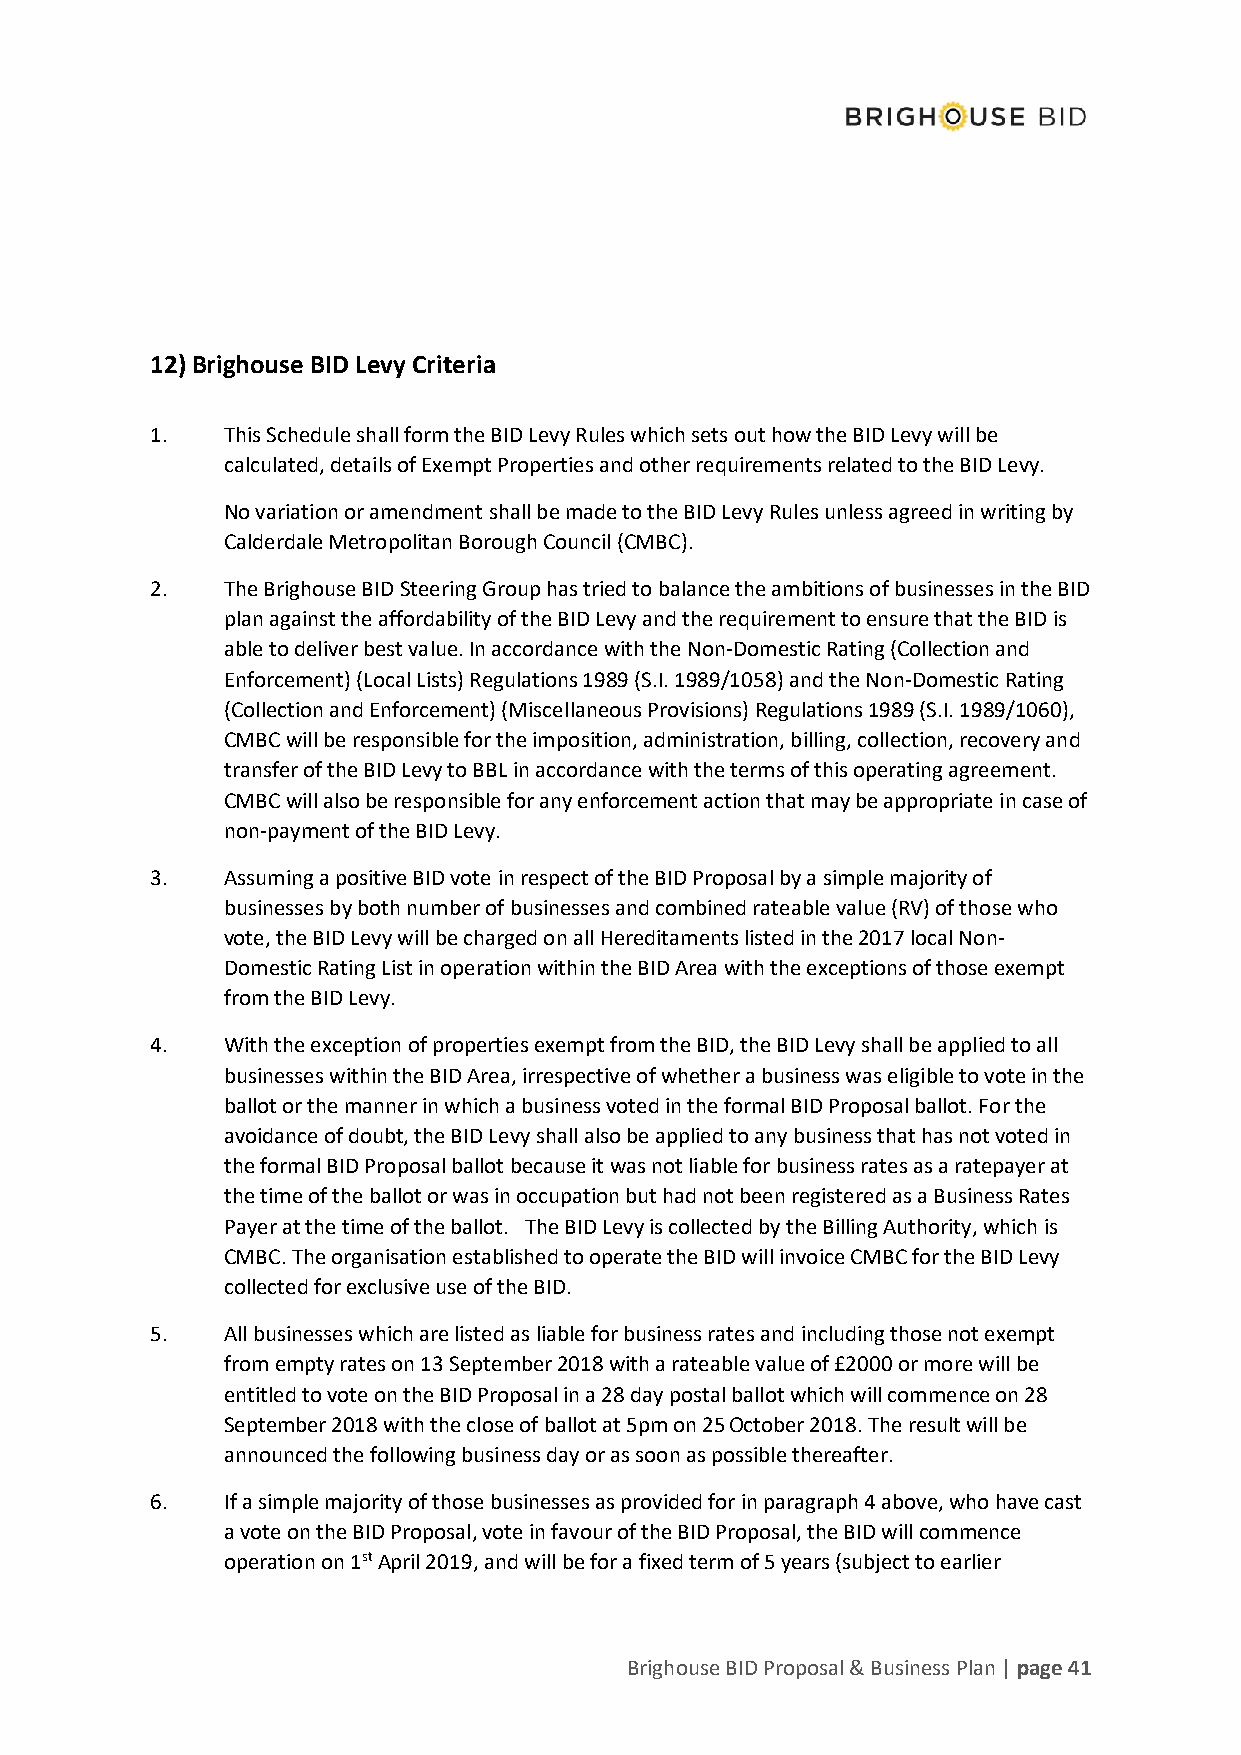
12) Brighouse BID Levy Criteria
 1.   This Schedule shall form the BID Levy Rules which sets out how the BID Levy will be
 calculated, details of Exempt Properties and other requirements related to the BID Levy.
 No variation or amendment shall be made to the BID Levy Rules unless agreed in writing by
 Calderdale Metropolitan Borough Council (CMBC).
 2.   The Brighouse BID Steering Group has tried to balance the ambitions of businesses in the BID
 plan against the affordability of the BID Levy and the requirement to ensure that the BID is
 able to deliver best value. In accordance with the Non-Domestic Rating (Collection and
 Enforcement) (Local Lists) Regulations 1989 (S.I. 1989/1058) and the Non-Domestic Rating
 (Collection and Enforcement) (Miscellaneous Provisions) Regulations 1989 (S.I. 1989/1060),
 CMBC will be responsible for the imposition, administration, billing, collection, recovery and
 transfer of the BID Levy to BBL in accordance with the terms of this operating agreement.
 CMBC will also be responsible for any enforcement action that may be appropriate in case of
 non-payment of the BID Levy.
 3.   Assuming a positive BID vote in respect of the BID Proposal by a simple majority of
 businesses by both number of businesses and combined rateable value (RV) of those who
 vote, the BID Levy will be charged on all Hereditaments listed in the 2017 local Non-
 Domestic Rating List in operation within the BID Area with the exceptions of those exempt
 from the BID Levy.
 4.   With the exception of properties exempt from the BID, the BID Levy shall be applied to all
 businesses within the BID Area, irrespective of whether a business was eligible to vote in the
 ballot or the manner in which a business voted in the formal BID Proposal ballot. For the
 avoidance of doubt, the BID Levy shall also be applied to any business that has not voted in
 the formal BID Proposal ballot because it was not liable for business rates as a ratepayer at
 the time of the ballot or was in occupation but had not been registered as a Business Rates
 Payer at the time of the ballot. The BID Levy is collected by the Billing Authority, which is
 CMBC. The organisation established to operate the BID will invoice CMBC for the BID Levy
 collected for exclusive use of the BID.
 5.   All businesses which are listed as liable for business rates and including those not exempt
 from empty rates on 13 September 2018 with a rateable value of £2000 or more will be
 entitled to vote on the BID Proposal in a 28 day postal ballot which will commence on 28
 September 2018 with the close of ballot at 5pm on 25 October 2018. The result will be
 announced the following business day or as soon as possible thereafter.
 6.   If a simple majority of those businesses as provided for in paragraph 4 above, who have cast
 a vote on the BID Proposal, vote in favour of the BID Proposal, the BID will commence
 operation on 1st April 2019, and will be for a fixed term of 5 years (subject to earlier
 Brighouse BID Proposal & Business Plan | page 41